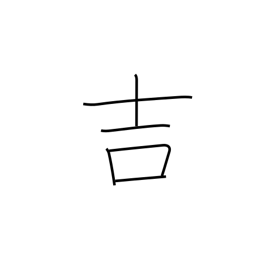
Meaning: good luck